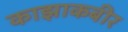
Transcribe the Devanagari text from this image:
काझाकबीर